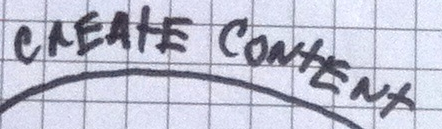
CREAtE CONtENt